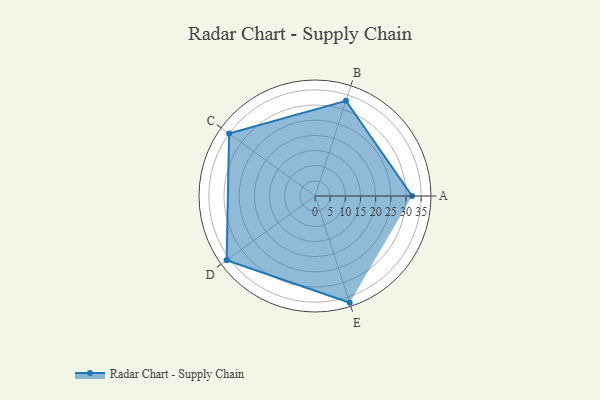
{"axis": {"x": "Skill", "y": "Score"}, "legend": ["Profile"], "data": [{"x": "A", "y": 32.0, "type": "Profile"}, {"x": "B", "y": 33.0, "type": "Profile"}, {"x": "C", "y": 35.0, "type": "Profile"}, {"x": "D", "y": 36.0, "type": "Profile"}, {"x": "E", "y": 37.0, "type": "Profile"}]}